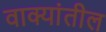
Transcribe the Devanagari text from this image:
वाक्यांतील